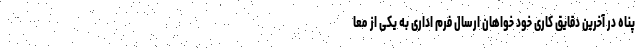
پناه در آخرین دقایق کاری خود خواهان ارسال فرم اداری به یکی از معا